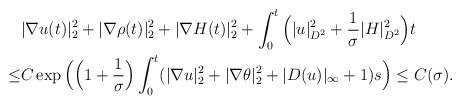
\begin{align*}&|\nabla u(t)|^2_{ 2}+|\nabla \rho(t)|^2_{ 2}+|\nabla H(t)|^2_{ 2}+\int_0^t\Big( | u|^2_{D^2}+\frac{1}{\sigma}|H|^2_{D^2}\Big)t\\\leq & C\exp \Big(\Big(1+\frac{1}{\sigma}\Big) \int_0^t(|\nabla u|^2_2+|\nabla \theta|^2_2+|D(u)|_\infty+1) s\Big) \leq C(\sigma).\end{align*}